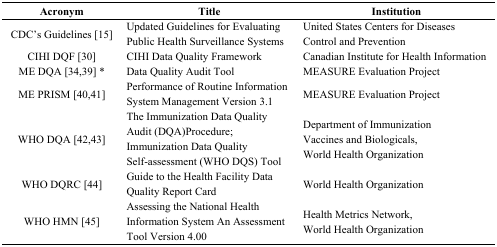
| Acronym | Title | Institution |
 | --- | --- | --- |
 | CDC’s Guidelines [15] | Updated Guidelines for Evaluating Public Health Surveillance Systems | United States Centers for Diseases Control and Prevention |
 | CIHI DQF [30] | CIHI Data Quality Framework | Canadian Institute for Health Information |
 | ME DQA [34,39] * | Data Quality Audit Tool | MEASURE Evaluation Project |
 | ME PRISM [40,41] | Performance of Routine Information System Management Version 3.1 | MEASURE Evaluation Project |
 | WHO DQA [42,43] | The Immunization Data Quality Audit (DQA)Procedure; Immunization Data Quality Self-assessment (WHO DQS) Tool | Department of Immunization Vaccines and Biologicals, World Health Organization |
 | WHO DQRC [44] | Guide to the Health Facility Data Quality Report Card | World Health Organization |
 | WHO HMN [45] | Assessing the National Health Information System An Assessment Tool Version 4.00 | Health Metrics Network, World Health Organization |